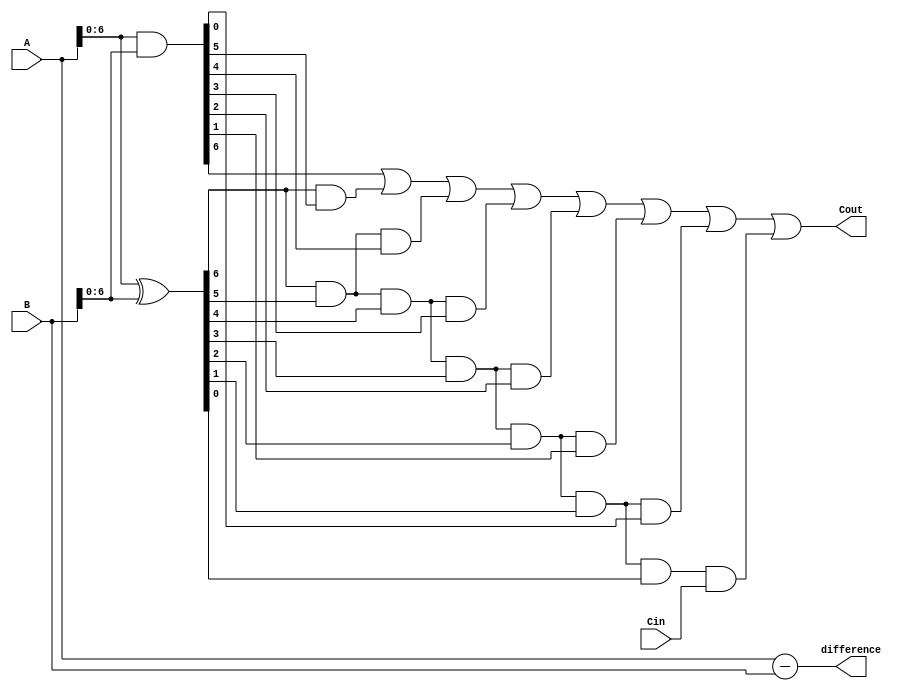
module carry_lookahead_subtractor (
    input [7:0] A,
    input [7:0] B,
    input Cin,
    output [7:0] difference,
    output Cout
);

wire [7:0] P, G, C;

assign P = A ^ B;
assign G = A & B;
assign C[0] = Cin;
assign C[1] = G[0] | (P[0] & C[0]);
assign C[2] = G[1] | (P[1] & G[0]) | (P[1] & P[0] & C[0]);
assign C[3] = G[2] | (P[2] & G[1]) | (P[2] & P[1] & G[0]) | (P[2] & P[1] & P[0] & C[0]);
assign C[4] = G[3] | (P[3] & G[2]) | (P[3] & P[2] & G[1]) | (P[3] & P[2] & P[1] & G[0]) | (P[3] & P[2] & P[1] & P[0] & C[0]);
assign C[5] = G[4] | (P[4] & G[3]) | (P[4] & P[3] & G[2]) | (P[4] & P[3] & P[2] & G[1]) | (P[4] & P[3] & P[2] & P[1] & G[0]) | (P[4] & P[3] & P[2] & P[1] & P[0] & C[0]);
assign C[6] = G[5] | (P[5] & G[4]) | (P[5] & P[4] & G[3]) | (P[5] & P[4] & P[3] & G[2]) | (P[5] & P[4] & P[3] & P[2] & G[1]) | (P[5] & P[4] & P[3] & P[2] & P[1] & G[0]) | (P[5] & P[4] & P[3] & P[2] & P[1] & P[0] & C[0]);
assign C[7] = G[6] | (P[6] & G[5]) | (P[6] & P[5] & G[4]) | (P[6] & P[5] & P[4] & G[3]) | (P[6] & P[5] & P[4] & P[3] & G[2]) | (P[6] & P[5] & P[4] & P[3] & P[2] & G[1]) | (P[6] & P[5] & P[4] & P[3] & P[2] & P[1] & G[0]) | (P[6] & P[5] & P[4] & P[3] & P[2] & P[1] & P[0] & C[0]);

assign difference = A - B;
assign Cout = C[7];

endmodule